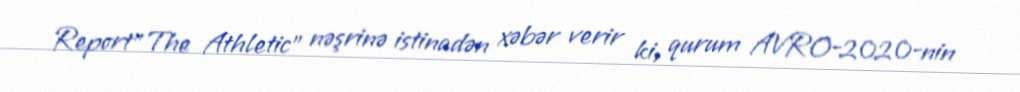
Report"The Athletic" nəşrinə istinadən xəbər verir ki, qurum AVRO-2020-nin